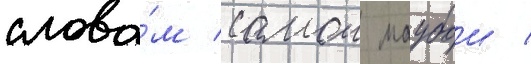
слова́м самои маубои /